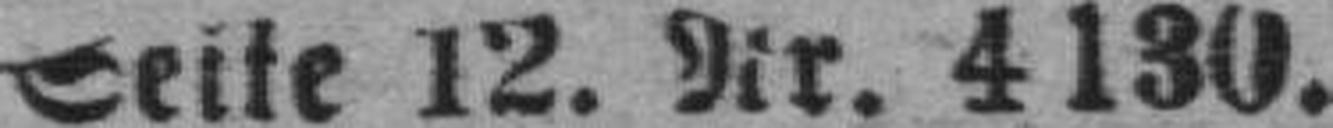
Seite 12. Nr. 4130.